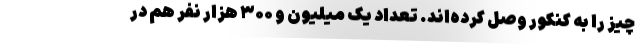
چیز را به کنکور وصل کرده‌اند. تعداد یک میلیون و ۳۰۰ هزار نفر هم در